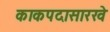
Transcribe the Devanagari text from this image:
काकपदासारखे